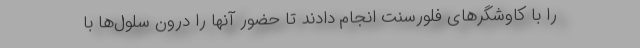
را با کاوشگرهای فلورسنت انجام دادند تا حضور آنها را درون سلول‌ها با